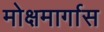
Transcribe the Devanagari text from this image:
मोक्षमार्गास